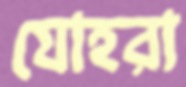
যোহরা